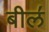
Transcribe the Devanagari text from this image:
बील॔